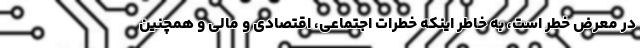
در معرض خطر است، به خاطر اینکه خطرات اجتماعی، اقتصادی و مالی و همچنین